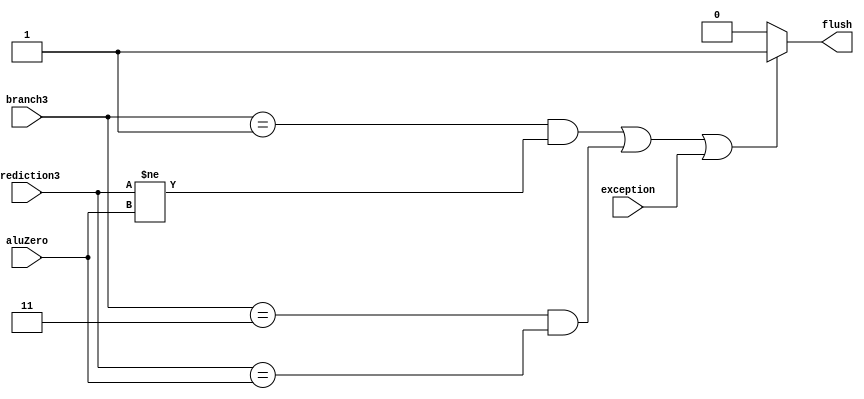
`timescale 1ns / 1ps
//////////////////////////////////////////////////////////////////////////////////
// Company: 
// Engineer: 
// 
// Design Name: 
// Module Name:    Flush 
// Project Name: 
// Target Devices: 
// Tool versions: 
// Description: 
//
// Dependencies: 
//
// Revision: 
// Revision 0.01 - File Created
// Additional Comments: 
//
//////////////////////////////////////////////////////////////////////////////////
module Flush(flush, exception, branch3, prediction3, aluZero);
	output wire flush;
	input [1:0] branch3;
	input prediction3, aluZero, exception;

	assign flush = ((branch3 == 2'b01 && prediction3 != aluZero) || 
						(branch3 == 2'b11 && prediction3 == aluZero ) || exception) ? 1 : 0;
endmodule